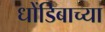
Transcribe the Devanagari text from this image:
धोंडिबाच्या